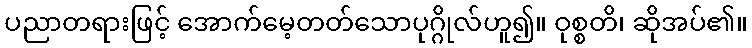
ပညာတရားဖြင့် အောက်မေ့တတ်သောပုဂ္ဂိုလ်ဟူ၍။ ဝုစ္စတိ၊ ဆိုအပ်၏။